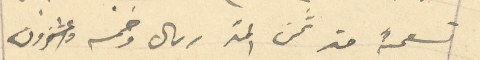
تسعمئة او الف ومئة وخمس وعشرون